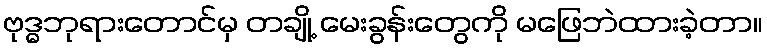
ဗုဒ္ဓဘုရားတောင်မှ တချို့ မေးခွန်းတွေကို မဖြေဘဲထားခဲ့တာ။